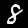
Label: 8